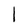
Character: l